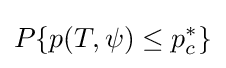
P\{p(T,\psi )\leq p_{c}^{*}\}